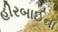
હીરબાઈના